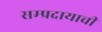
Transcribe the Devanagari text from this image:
सम्प्रदायाची